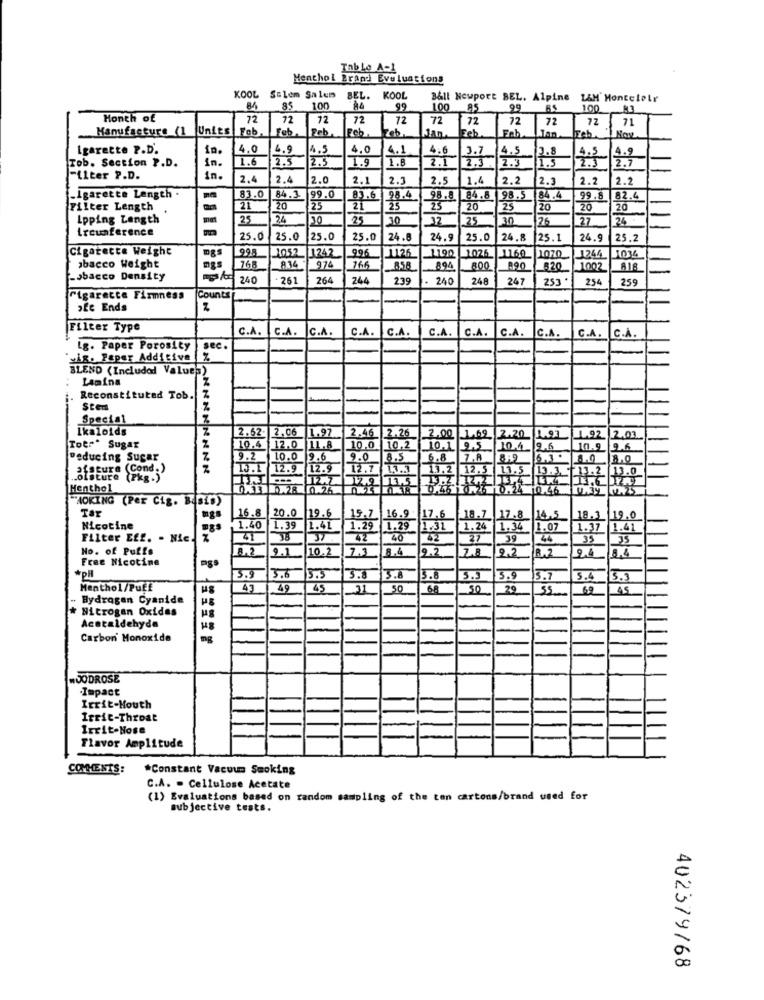
Tab Le A-1
Menthol Prand Evaluations
KOOL Salem Salem BEL.
KOOL
Ball Newport BEL. Alpine L&M MonteleLr
85
100
84
99
100
AS
99
100
Month of
72
72
72
72
72
72
72
72
72
72
71
Manufacture (1
Units
Feb
Feb.
Feb
Feb
eb
Tan
Jan. Feb
Igarette P.D.
in.
14.0
4.9
4.5
4.0
4.6
3.7
4.5
3.8
4.9
Tob. Section P.D.
1n.
1.6
2.5
2.5
1.9
1.8
4.1
2.3
2.3
2.3
4.5
2.1
1.3
2.7
-ilter P.D.
in.
2,4
2.4
2.0
2.1
2.3
2.5
1.4
2.2
2.3
2.2
2.2
„Igarette Length .
83.0
84.3
99.0
83.6 98.4
98.8 84.8 98.5 84.4
99.8 82.4
Filter Length
-
21
20
25
21
25
25
20
25
20
20
20
Ipping Length
-
25
24
30
25
10
12
.25
30
26
treunference
27
24
25.0
25.0
25.0
25.0
24.6
24.9 25.0
24.8
25. 1
24.
25.2
Cigarette Weight
995
1052
996
abacco Weight
1242
1126
1190
1025
1160 1070
1244
1034
mgs
168
974
166
894
800
890
820
1002
-sbacco Density
10240
261
264
244
239
240
248
247
253 *
254
259
Cigarette Firmness
Counts
oEc Ends
Filter Type
C.A.
C.A.
C.A.
C.A
C.A.
C.A.
C.A.
C.A.
C.A.
C.A.
C.A.
Lg. Paper Porosity
sec.
'yig. Paper Additive %
BLEND (Included Values)
Lamina
Z
Reconstituted Tob.
Stem
Special
Ikaloids
2.62- 2,06
1.97
2.46 2.26
2.00 1.69
12.20
1.02/2.01
Toer* Sugar
10.4 12.0 11.8
10.0
10,2
10.1 9.5
10.
9.6
10.9 9.6
Deducing Sugar
9.2 10.0 9.6
8.5
6.8 7.A
8:9
a (Cond.)
2
13.1 12.9 12.9
12.1
13.3
13.2 12.5 13.5
.olsture (Pkg.)
13.3. f.13.
Menthol
0X1 0.28 0.26
⑈45 0.76 10.24 10.46
WHOKING (Per Cig. Basis)
16.8
20.0
mgs
19.6
15.7 16.9.
16.
17,6
18.7
17.8
14.5 18.3 19.0
Nicotine
1.40 1.39
1.41
1.29
1.29
1.31
1.24
1.34
1.07
1.37 1.41
Filter Eff. - Nic.
41
42
40
27
39
44
35
No. of Puffs
8.2
9.1
10.2
7.3
8.4
9.2
7.8
9.2
8.2
94
8.4
Free Nicotine
#pll
5.9
5.6
3.5
3.8
5.8
3.8
5.9
5.7
5.4
3.3
Menthol/Puff
49
49
45
50
68
50
29
55
69
45
Hydrogen Cyanide
Nitrogen Oxides
Acetaldehyde
H48
Carbon Monoxide
MOODROSE
Impact
Irrit-Mouth
Irrit-Throat
Irrit-Nose
Flavor Amplitude
COMMENTS:
*Constant Vacuum Smoking
C.A. - Cellulose Acetate
(1) Evaluations based on random sampling of the ton cartons/brand used for
subjective tests.
402379/68